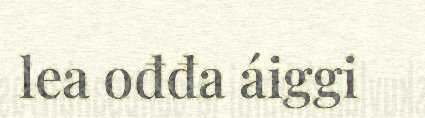
lea ođđa áiggi